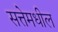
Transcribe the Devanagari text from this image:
सत्तेमधील